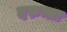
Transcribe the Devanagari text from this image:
दरुन्ता